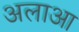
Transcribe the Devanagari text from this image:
अलाआ